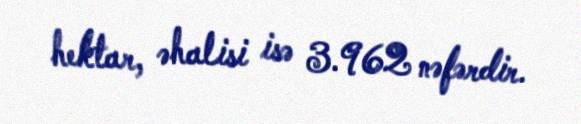
hektar, əhalisi isə 3.962 nəfərdir.